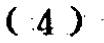
\((4)\)